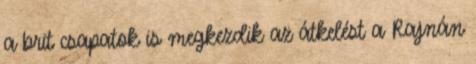
a brit csapatok is megkezdik az átkelést a Rajnán